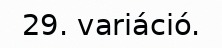
29. variáció.